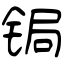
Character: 锔